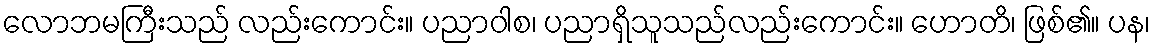
လောဘမကြီးသည် လည်းကောင်း။ ပညာဝါစ၊ ပညာရှိသူသည်လည်းကောင်း။ ဟောတိ၊ ဖြစ်၏။ ပန၊